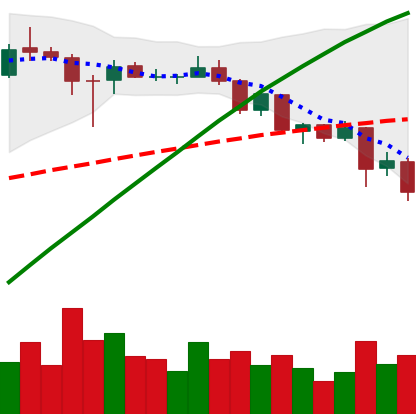
Ticker: ADA-USD
Chart end date: 2020-08-27
Forward return: 17.4%
Label: up_7plus